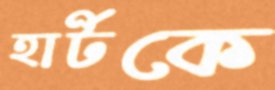
হার্টকে